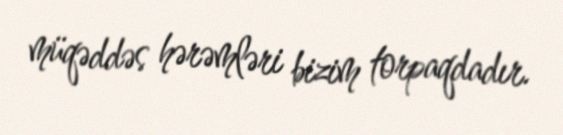
müqəddəs hərəmləri bizim torpaqdadır.